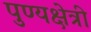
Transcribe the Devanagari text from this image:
पुण्यक्षेत्री